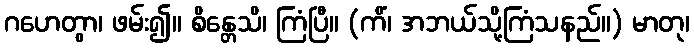
ဂဟေတွာ၊ ဖမ်း၍။ စိန္တေသိ၊ ကြံပြီ။ (ကိံ၊ အဘယ်သို့ကြံသနည်။) မာတု၊